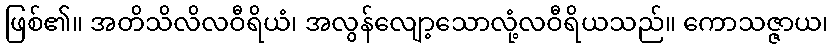
ဖြစ်၏။ အတိသိလိလဝီရိယံ၊ အလွန်လျော့သောလုံ့လဝီရိယသည်။ ကောသဇ္ဇာယ၊